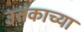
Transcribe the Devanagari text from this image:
उत्तंकाच्या